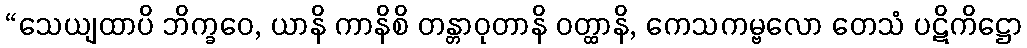
“သေယျထာပိ ဘိက္ခဝေ, ယာနိ ကာနိစိ တန္တာဝုတာနိ ဝတ္ထာနိ, ကေသကမ္ဗလော တေသံ ပဋိကိဋ္ဌော